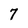
Character: 7